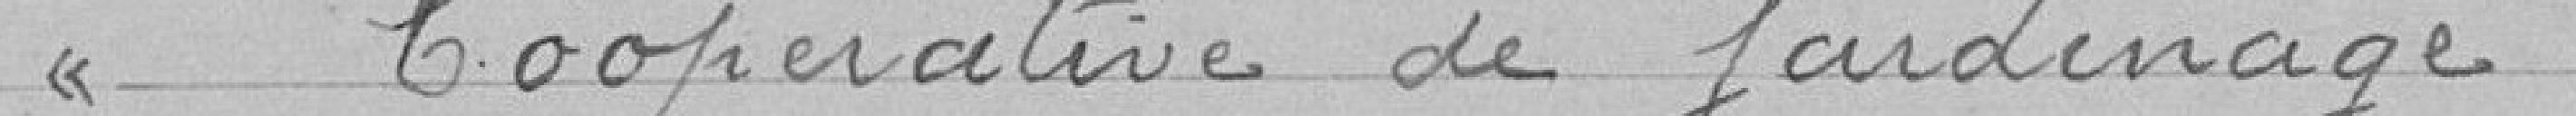
> Coopérative de jardinage